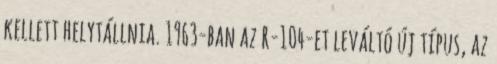
kellett helytállnia. 1963-ban az R-104-et leváltó új típus, az